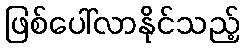
ဖြစ်ပေါ်လာနိုင်သည့်